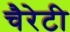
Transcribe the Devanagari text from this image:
चैरेटी